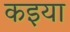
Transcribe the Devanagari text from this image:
कइया